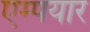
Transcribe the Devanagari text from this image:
एम्पयार